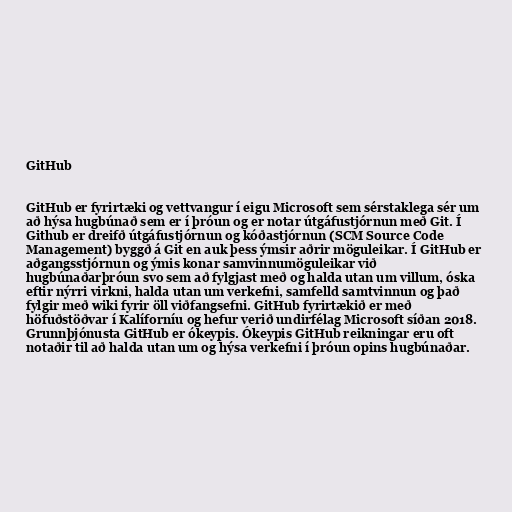
GitHub

GitHub er fyrirtæki og vettvangur í eigu Microsoft sem sérstaklega sér um
að hýsa hugbúnað sem er í þróun og er notar útgáfustjórnun með Git. Í
Github er dreifð útgáfustjórnun og kóðastjórnun (SCM Source Code
Management) byggð á Git en auk þess ýmsir aðrir möguleikar. Í GitHub er
aðgangsstjórnun og ýmis konar samvinnumöguleikar við
hugbúnaðarþróun svo sem að fylgjast með og halda utan um villum, óska
eftir nýrri virkni, halda utan um verkefni, samfelld samtvinnun og það
fylgir með wiki fyrir öll viðfangsefni. GitHub fyrirtækið er með
höfuðstöðvar í Kalíforníu og hefur verið undirfélag Microsoft síðan 2018.
Grunnþjónusta GitHub er ókeypis. Ókeypis GitHub reikningar eru oft
notaðir til að halda utan um og hýsa verkefni í þróun opins hugbúnaðar.